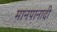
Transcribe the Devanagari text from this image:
मानपानादी